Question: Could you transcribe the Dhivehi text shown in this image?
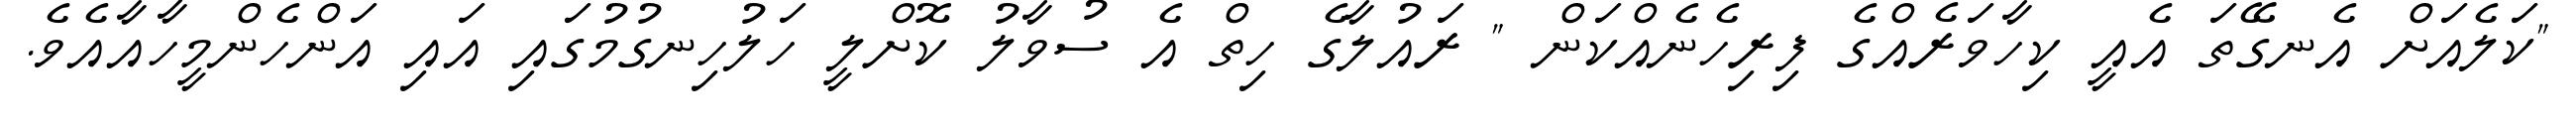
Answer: "ކަލެއަށް އެނގޭތަ އެއީ ކިހާވަރެއްގެ ފިރިހެނެއްކަން " ރައުލާގެ ހިތް އެ ސުވާލު ކޮށްލީ ހަލުހިނގުމުގައި އައި އަންހެންމީހާއާއެވެ.